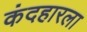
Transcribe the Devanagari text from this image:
कंदहारला